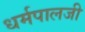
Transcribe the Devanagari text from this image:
धर्मपालजी